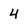
Character: 4